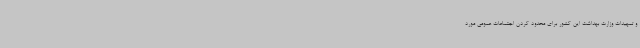
و تمهیدات وزارت بهداشت این کشور برای محدود کردن اجتماعات عمومی مورد